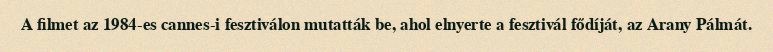
A filmet az 1984-es cannes-i fesztiválon mutatták be, ahol elnyerte a fesztivál fődíját, az Arany Pálmát.